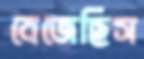
বেজেছিস